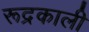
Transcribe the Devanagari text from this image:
रूद्रकाली